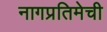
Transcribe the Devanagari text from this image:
नागप्रतिमेची